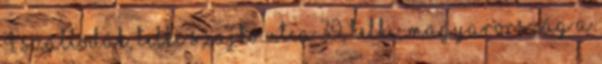
4 Szállodák, Telki Szajko utca 39, Telki, Magyarország A